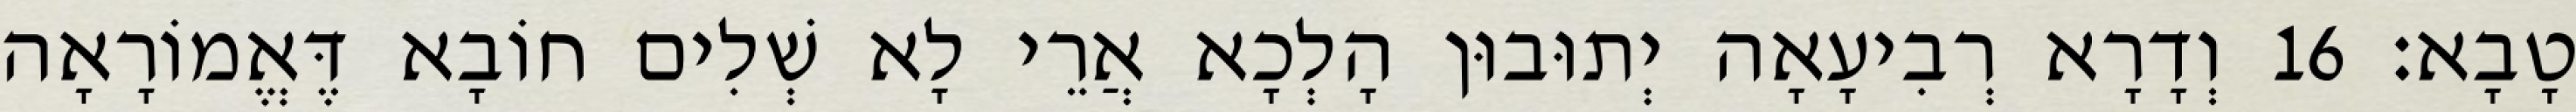
טָבָא׃ 16 וְדָרָא רְבִיעָאָה יְתוּבוּן הָלְכָא אֲרֵי לָא שְׁלִים חוֹבָא דֶּאֱמוֹרָאָה